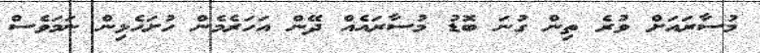
މުސާރައަށް ވުރެ ތިން ގުނަ ބޮޑު މުސާރައެއް ދޭން އަހަރެމެން ހުށަހެޅިން ނަމަވެސް